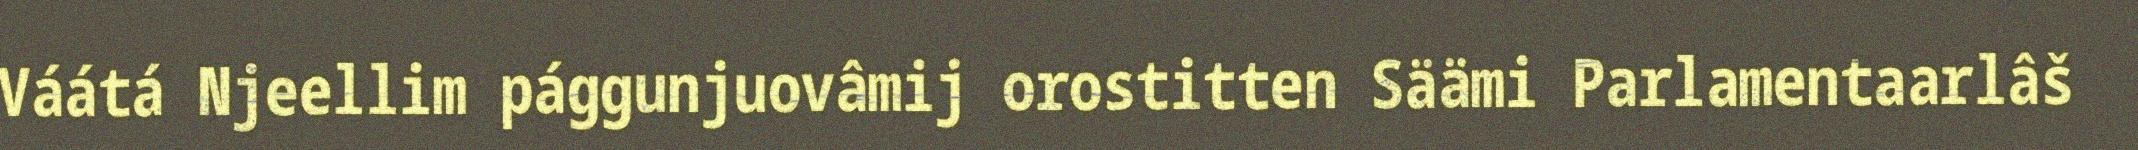
Váátá Njeellim pággunjuovâmij orostitten Säämi Parlamentaarlâš